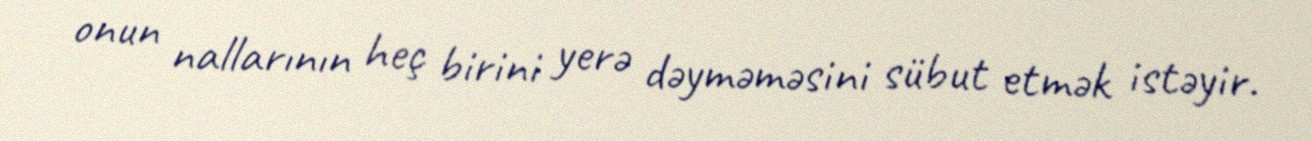
onun nallarının heç birini yerə dəyməməsini sübut etmək istəyir.